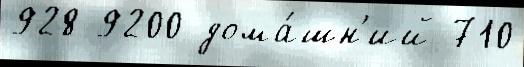
928 9200 дома́шн'ий 710